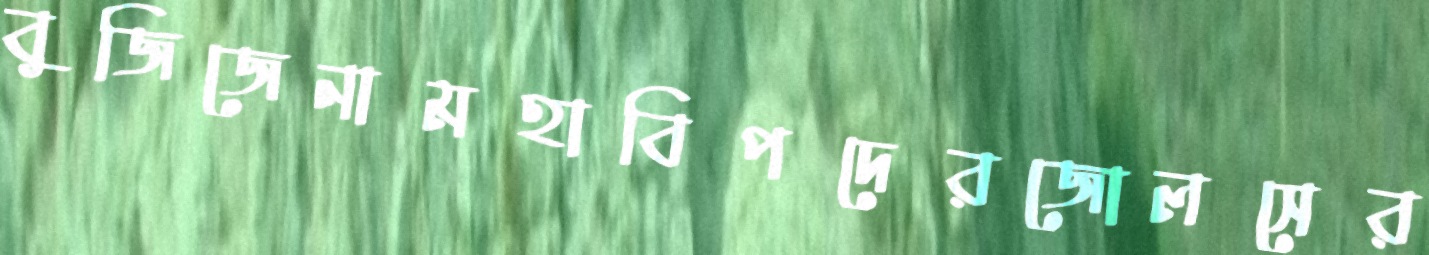
বুজিজেনামহাবিপদেরজোলসের